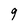
Character: g